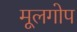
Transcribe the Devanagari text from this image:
मूलगोप